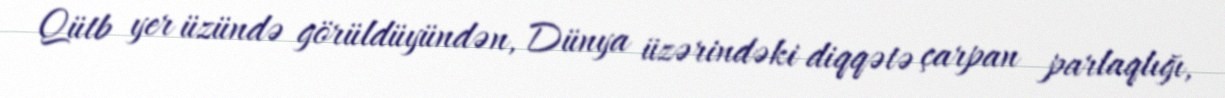
Qütb yer üzündə görüldüyündən, Dünya üzərindəki diqqətə çarpan parlaqlığı,